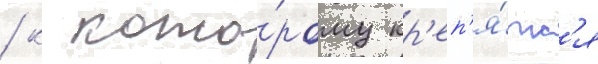
/ к кото́рому кр'еп'я́тс'я